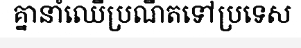
គ្នានាំឈើប្រណីតទៅប្រទេស